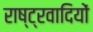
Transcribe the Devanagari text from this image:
राष्‍ट्रवादियों